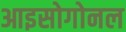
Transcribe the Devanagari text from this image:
आइसोगोनल